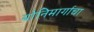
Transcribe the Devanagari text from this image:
योनिमार्गाचा